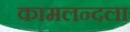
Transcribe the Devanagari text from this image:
कामलन्दला